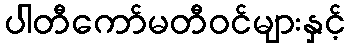
ပါတီကော်မတီဝင်များနှင့်